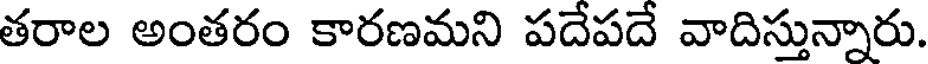
తరాల అంతరం కారణమని పదేపదే వాదిస్తున్నారు.